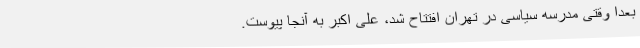
بعداً وقتی مدرسه سیاسی در تهران افتتاح شد، علی اکبر به آنجا پیوست.